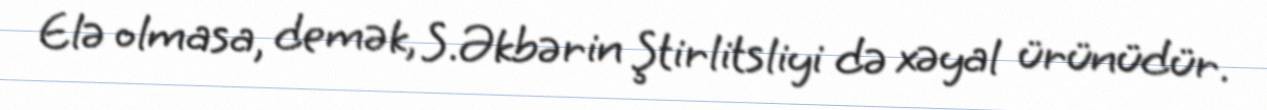
Elə olmasa, demək, S.Əkbərin Ştirlitsliyi də xəyal ürünüdür.